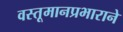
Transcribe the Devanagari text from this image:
वस्तूमानप्रभाराने